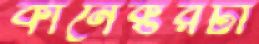
কানেক্টরটা